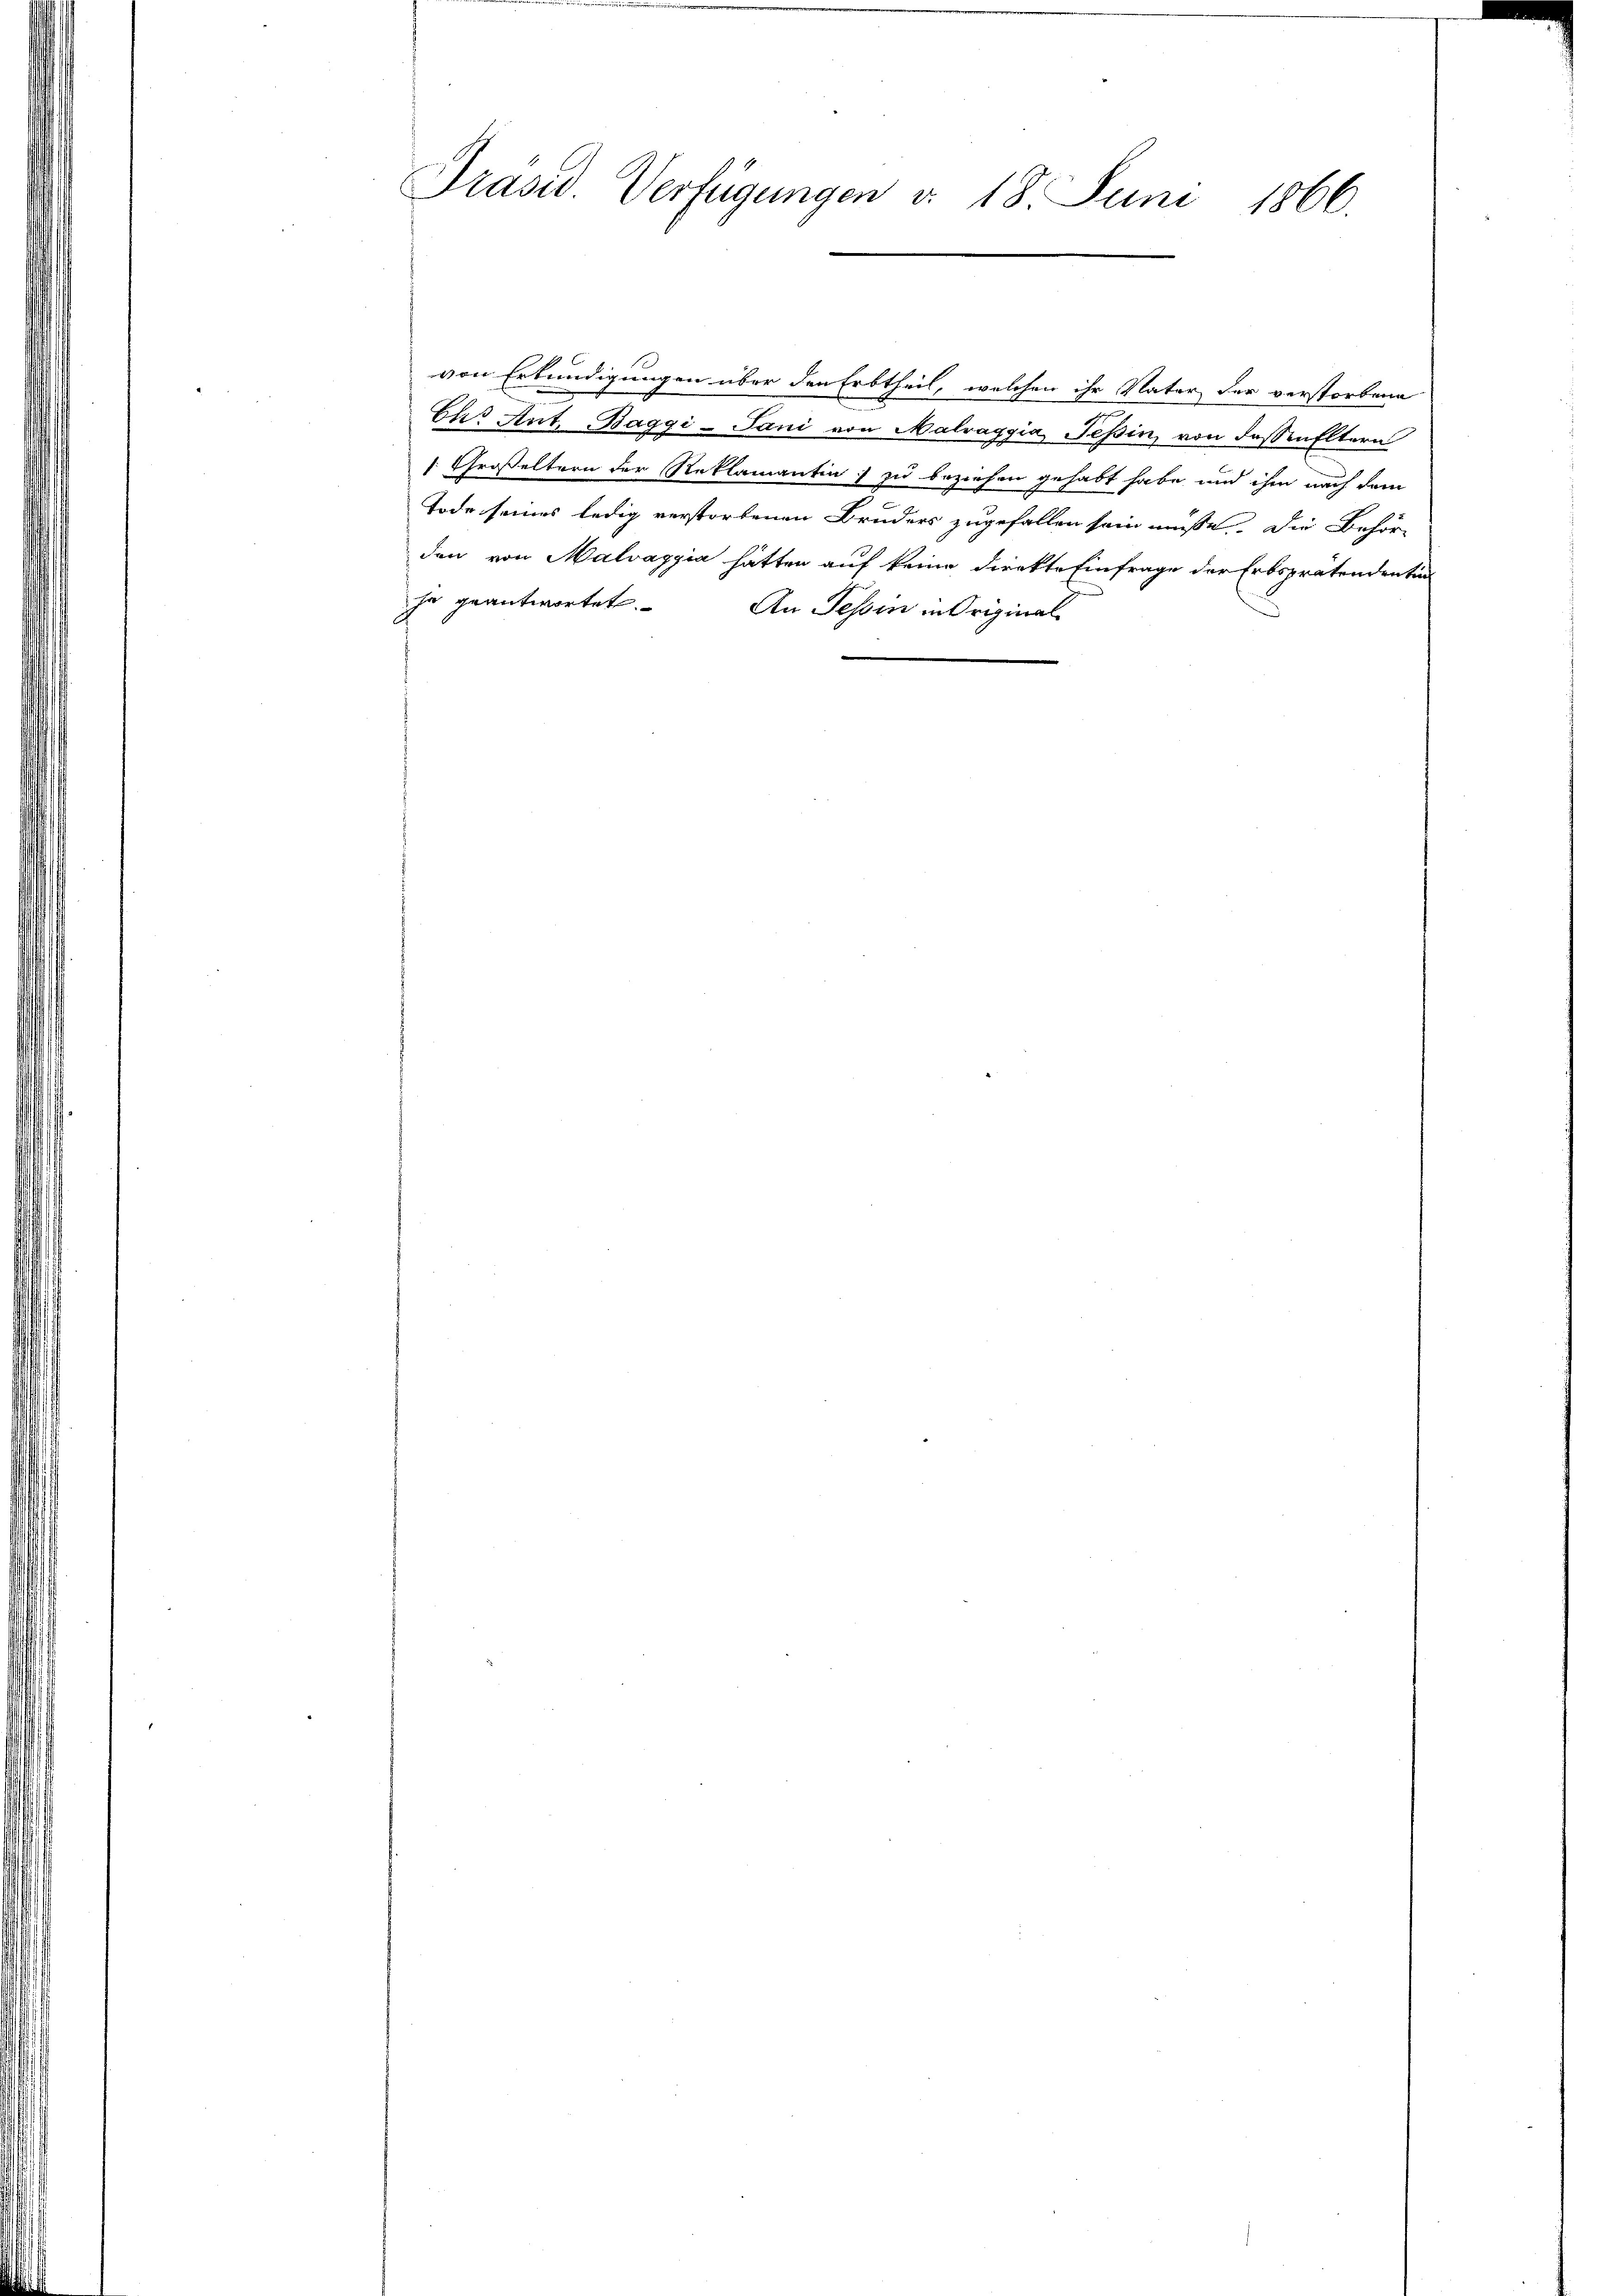
Präsid. Verfügungen d. 18. Juni 1866.

von Erkundigungen über den Erbtheil, welchen ihr Vater der verstorbene
Chs Ant. Baggi - Jani von Malraggia, Tessin, von dessen Eltern
1 Großeltern der Reklamantin & zu beziehen gehabt habe, und ihm nach dem
Tode seines ledig verstorbenen Bruders zugefallen sein müsse. Die Behör-
den von Malvaggia hätten auf keine direkte Einfrage der Erbsprätendentin
he geantwortet. An Tessin in Original